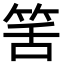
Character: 筈